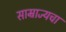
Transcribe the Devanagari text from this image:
साम्राज्यचा